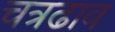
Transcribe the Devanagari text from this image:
चत्रढाव